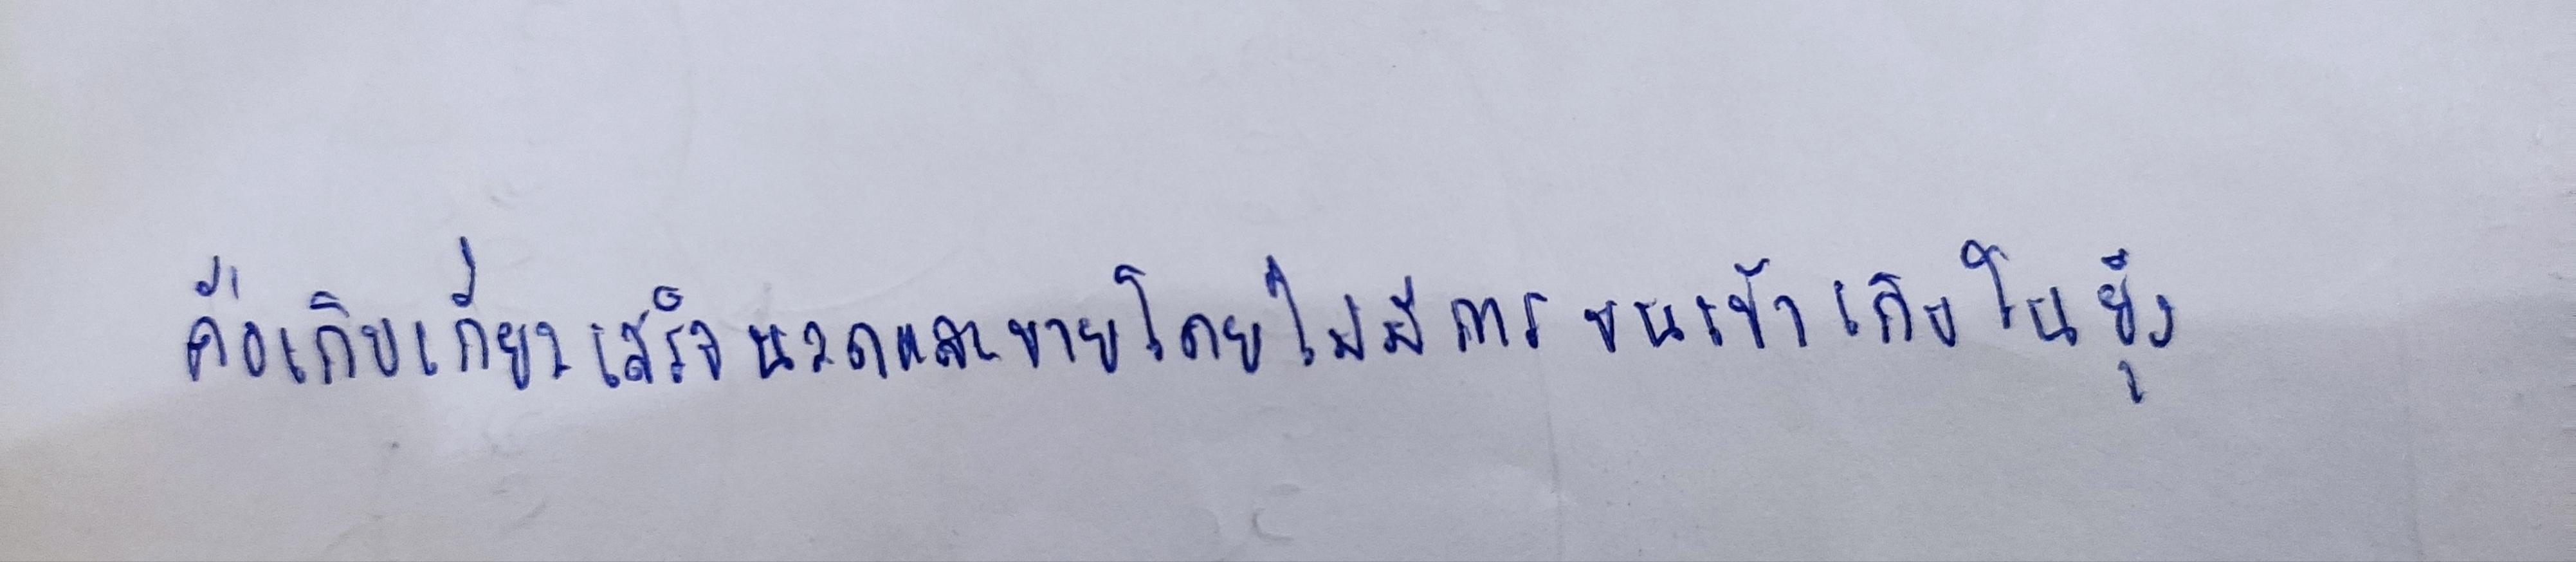
คือเก็บเกี่ยวเสร็จนวดและขายโดยไม่มีการขนเข้าเก็บในยุ้ง